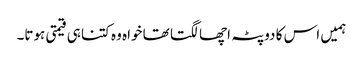
ہمیں اس کا دوپٹہ اچھا لگتا تھا خواہ وہ کتنا ہی قیمتی ہوتا۔